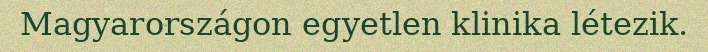
Magyarországon egyetlen klinika létezik.